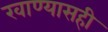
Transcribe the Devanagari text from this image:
खाण्यासही